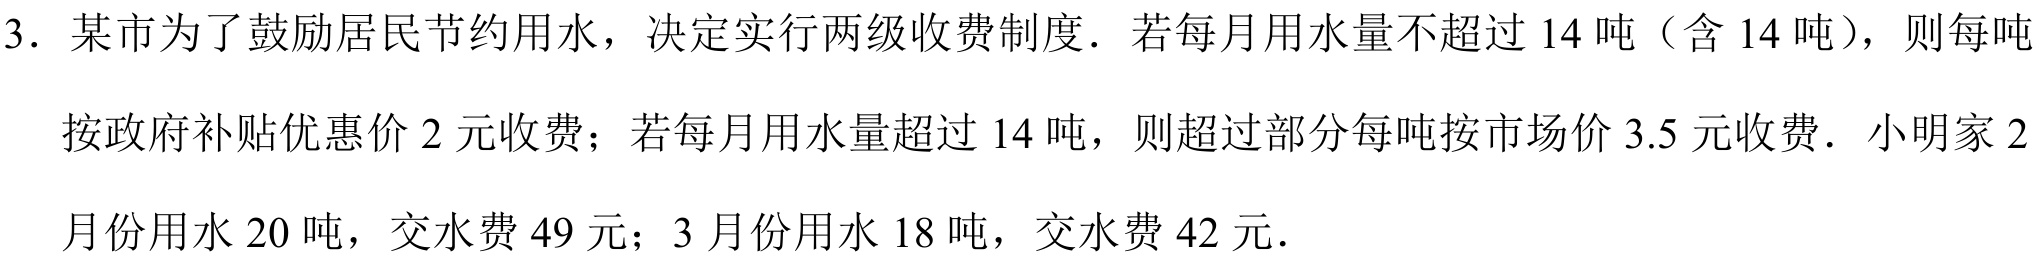
3. 某市为了鼓励居民节约用水，决定实行两级收费制度．若每月用水量不超过\(14\)吨（含\(14\)吨），则每吨按政府补贴优惠价\(2\)元收费；若每月用水量超过\(14\)吨，则超过部分每吨按市场价\(3.5\)元收费．小明家\(2\)月份用水\(20\)吨，交水费\(49\)元；\(3\)月份用水\(18\)吨，交水费\(42\)元．